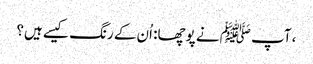
، آپ ﷺ نے پوچھا: اُن کے رنگ کیسے ہیں؟